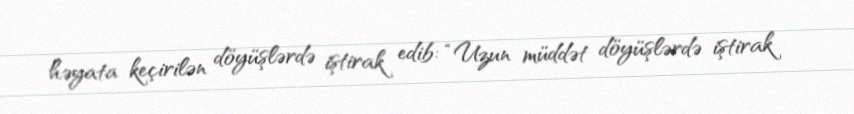
həyata keçirilən döyüşlərdə iştirak edib: “Uzun müddət döyüşlərdə iştirak